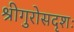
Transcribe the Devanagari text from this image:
श्रीगुरोसदृशः